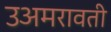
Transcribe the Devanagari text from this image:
उअमरावती